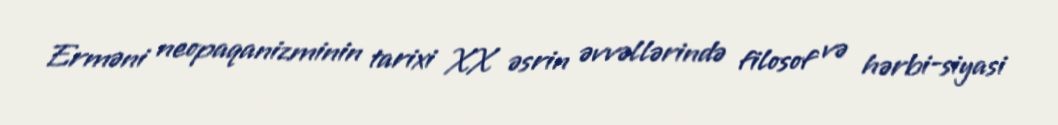
Erməni neopaqanizminin tarixi XX əsrin əvvəllərində filosof və hərbi-siyasi